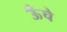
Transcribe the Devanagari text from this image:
ऊॅंचे